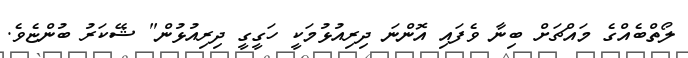
ލޯތްބެއްގެ މައްޗަށް ބިނާ ވެފައި އޮންނަ ދިރިއުޅުމަކީ ހަގީގީ ދިރިއުޅުން" ޝޭކަރު ބުންޏެވެ.